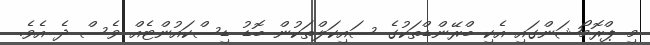
މި ޕްރޮމޯޝަންގައި އެކި ބްރޭންޑްތަކުގެ ސައިކަލްތަކުން ބޮޑު ޑިސްކައުންޓެއް ވެސް ދެ އެވެ.